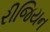
રીજિયન